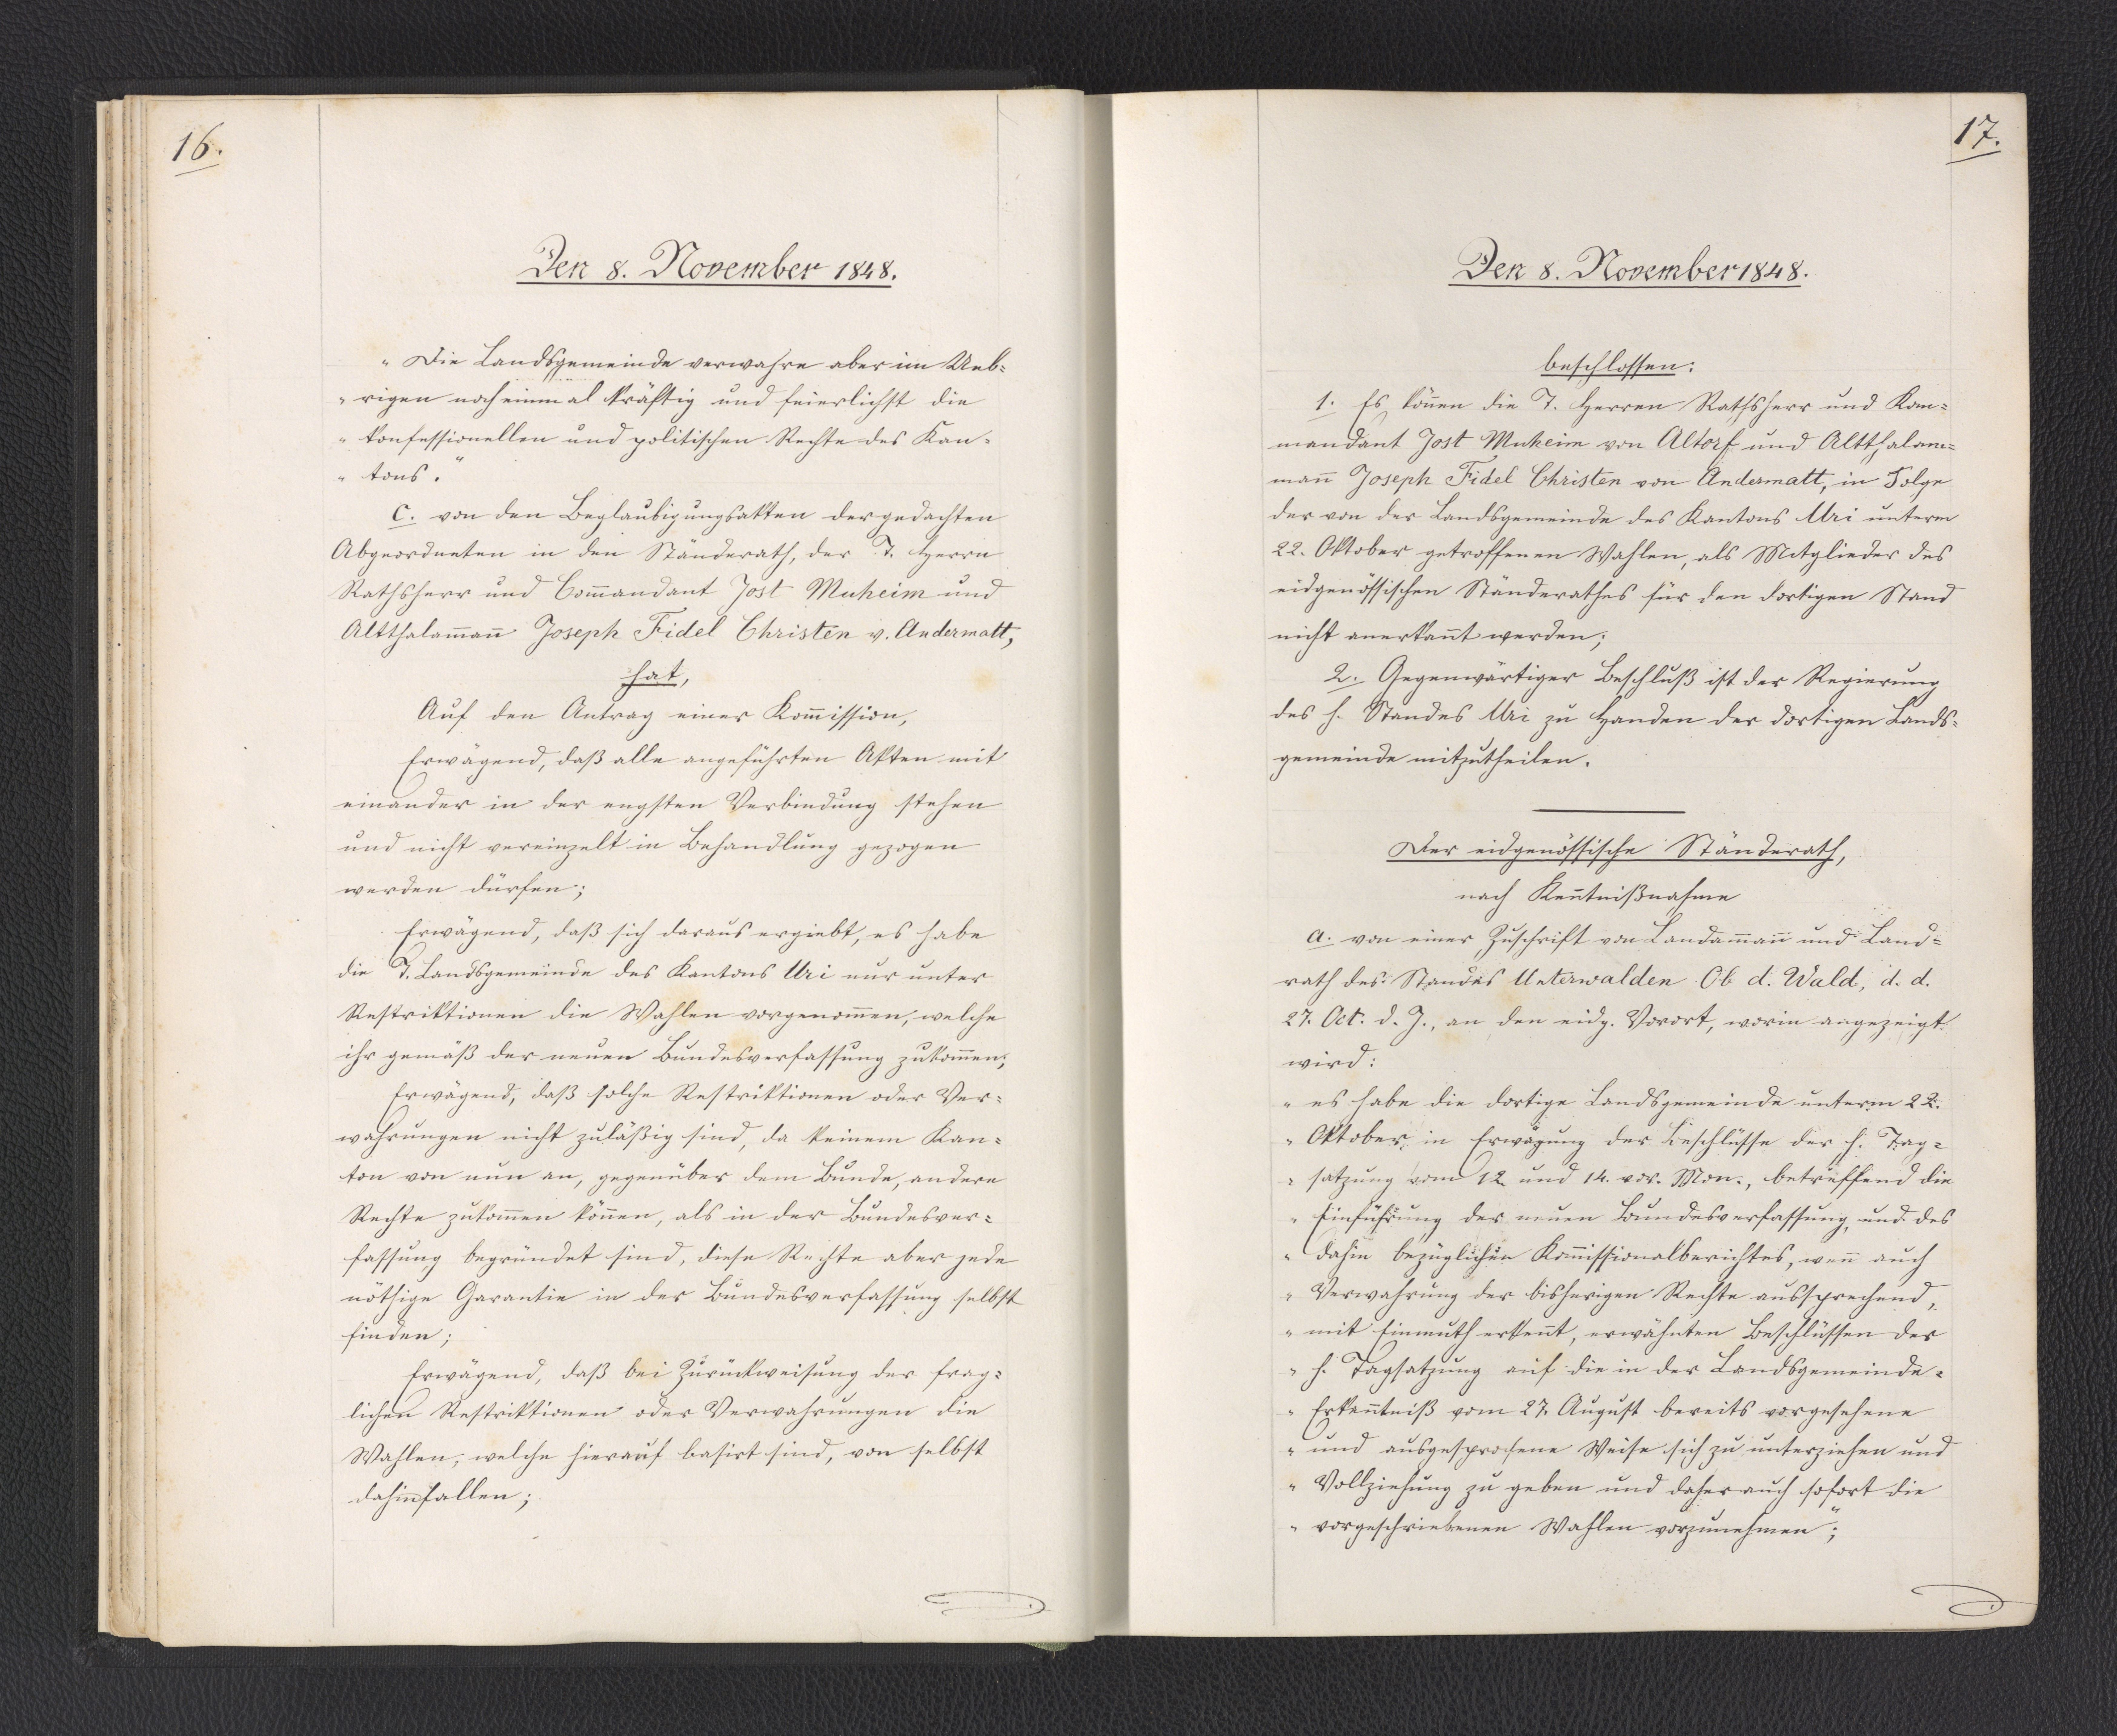
16.

Den 8. November 1848.

"Die Landsgemeinde verwahre aber im Ueb¬
rigen noch einmal kräftig und feierlichst die
konfessionellen und politischen Rechte des Kan¬
tons."
c. von den Beglaubigungsakten der gedachten
Abgeordneten in den Ständerath, der T. Herrn
Rathsherr und Commandant Jost Muheim und
Altthalammann Joseph Fidel Christen v. Andermatt,
hat,
Auf den Antrag einer Kommission,
Erwägend, daß alle angeführten Akten mit
einander in der engsten Verbindung stehen
und nicht vereinzelt in Behandlung gezogen
werden dürfen;
Erwägend, daß sich daraus ergiebt, es habe
die T. Landsgemeinde des Kantons Uri nur unter
Restriktionen die Wahlen vorgenommen, welche
ihr gemäß der neuen Bundesverfassung zukommen;
Erwägend, daß solche Restriktionen oder Ver¬
wahrungen nicht zuläßig sind, da keinem Kan¬
ton von nun an, gegenüber dem Bunde, andere
Rechte zukommen können, als in der Bundesver¬
fassung begründet sind, diese Rechte aber jede
nöthige Garantie in der Bundesverfassung selbst
finden;
Erwägend, daß bei Zurückweisung der frag¬
lichen Restriktionen oder Verwahrungen die
Wahlen, welche hierauf basirt sind, von selbst
dahin fallen;

17.

Den 8. November 1848.

beschlossen:
1. Es können die T. Herren Rathsherr und Kom¬
mandant Jost Muhein von Altorf und Altthalam¬
mann Joseph Fidel Christen von Andermatt, in Folge
der von der Landsgemeinde des Kantons Uri unterm
22. Oktober getroffenen Wahlen, als Mitglieder des
eidgenössischen Ständerathes für den dortigen Stand
nicht anerkannt werden;
2. Gegenwärtiger Beschluß ist der Regierung
des h. Standes Uri zu Handen der dortigen Lands¬
gemeinde mitzutheilen.
Der eidgenössische Ständerath,
nach Kenntnißnahme
a. von einer Zuschrift von Landammann und Land¬
rath des Standes Unterwalden Ob d. Wald, d. d.
27. Oct. d. J., an den eidg. Vorort, worin angezeigt,
wird:
"es habe die dortige Landsgemeinde unterm 22.
Oktober, in Erwägung der Beschlüsse der h. Tag¬
satzung vom 12. und 14. vor. Mon., betreffend die
Einführung der neuen Bundesverfassung, und des
dahin bezüglichen Kommissionalberichtes, wenn auch
Verwahrung der bisherigen Rechte aussprechend,
mit Einmuth erkennt, erwähnten Beschlüssen der
h. Tagsatzung auf die in der Landsgemeinde¬
Erkenntniß vom 27. August bereits vorgesehene
und ausgesprochene Weise sich zu unterziehen und
Vollziehung zu geben und daher auch sofort die
vorgeschriebenen Wahlen vorzunehmen";